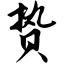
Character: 贽